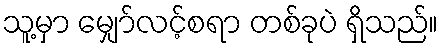
သူ့မှာ မျှော်လင့်စရာ တစ်ခုပဲ ရှိသည်။